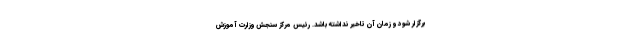
برگزار شود و زمان آن تاخیر نداشته باشد. رئیس مرکز سنجش وزارت آموزش